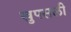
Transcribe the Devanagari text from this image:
खुपसली